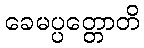
ခေမပ္ပတ္တောတိ